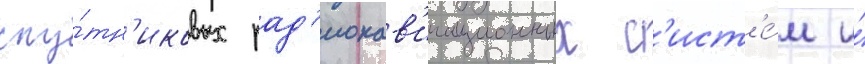
спу́тн'иковых рад'ионав'игационных с'ист'е́м и́